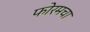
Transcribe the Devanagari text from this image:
फोरमचा